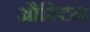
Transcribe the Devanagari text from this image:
औस्टिन